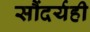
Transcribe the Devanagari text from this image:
सौंदर्यही